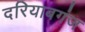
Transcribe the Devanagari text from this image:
दरियाबगंज